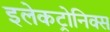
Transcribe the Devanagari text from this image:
इलेकट्रोनिक्स